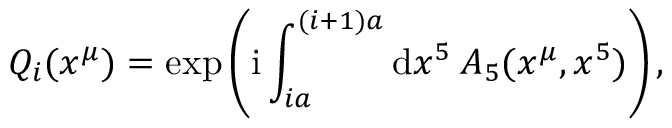
Q _ { i } ( x ^ { \mu } ) = \mathrm { e x p } \left( \mathrm { i } \int _ { i a } ^ { ( i + 1 ) a } { \mathrm { d } x ^ { 5 } \: A _ { 5 } ( x ^ { \mu } , x ^ { 5 } ) } \right) ,